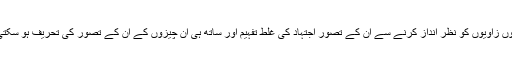
ان تینوں زاویوں کو نظر انداز کرنے سے ان کے تصور اجتہاد کی غلط تفہیم اور ساتھ ہی ان چیزوں کے ان کے تصور کی تحریف ہو سکتی ہے۔